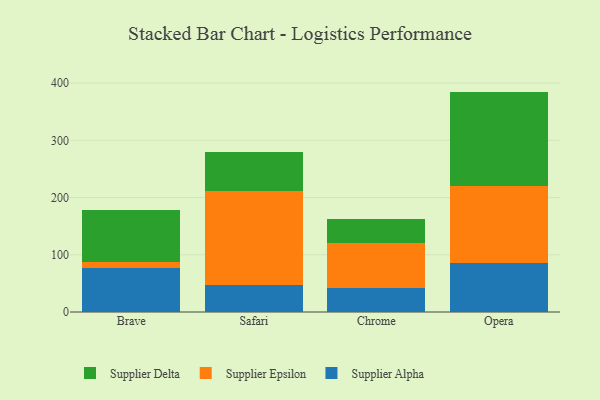
{"axis": {"x": "Browser", "y": "Temperature (°C)"}, "legend": ["Supplier Alpha", "Supplier Delta", "Supplier Epsilon"], "data": [{"x": "Brave", "y": 76.9, "type": "Supplier Alpha"}, {"x": "Brave", "y": 10.9, "type": "Supplier Epsilon"}, {"x": "Brave", "y": 89.9, "type": "Supplier Delta"}, {"x": "Safari", "y": 47.8, "type": "Supplier Alpha"}, {"x": "Safari", "y": 164.5, "type": "Supplier Epsilon"}, {"x": "Safari", "y": 66.5, "type": "Supplier Delta"}, {"x": "Chrome", "y": 41.2, "type": "Supplier Alpha"}, {"x": "Chrome", "y": 79.3, "type": "Supplier Epsilon"}, {"x": "Chrome", "y": 42.2, "type": "Supplier Delta"}, {"x": "Opera", "y": 86.2, "type": "Supplier Alpha"}, {"x": "Opera", "y": 134.0, "type": "Supplier Epsilon"}, {"x": "Opera", "y": 164.9, "type": "Supplier Delta"}]}